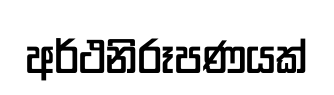
අර්ථනිරූපණයක්